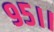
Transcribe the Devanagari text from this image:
९५।।